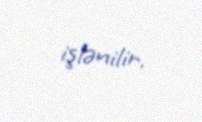
işlənilir.